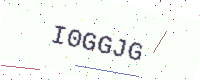
Text: I0GGJG